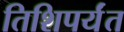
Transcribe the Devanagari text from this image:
तिशिपर्यंत